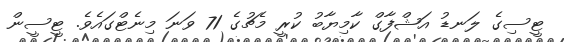
ޓީސިގެ ލަނޑު އަޝްފާގް ކާމިޔާބު ކުރީ މެޗުގެ 71 ވަނަ މިނެޓްގައެވެ. ޓީސީން